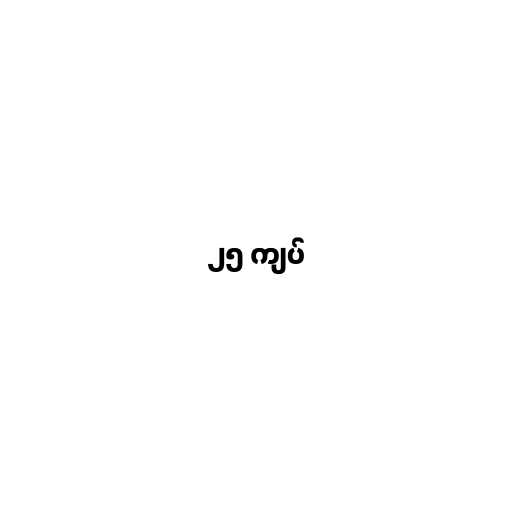
၂၅ ကျပ်